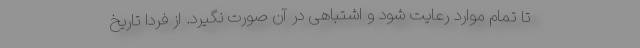
تا تمام موارد رعایت شود و اشتباهی در آن صورت نگیرد. از فردا تاریخ